Selter,_Karl, lk 29
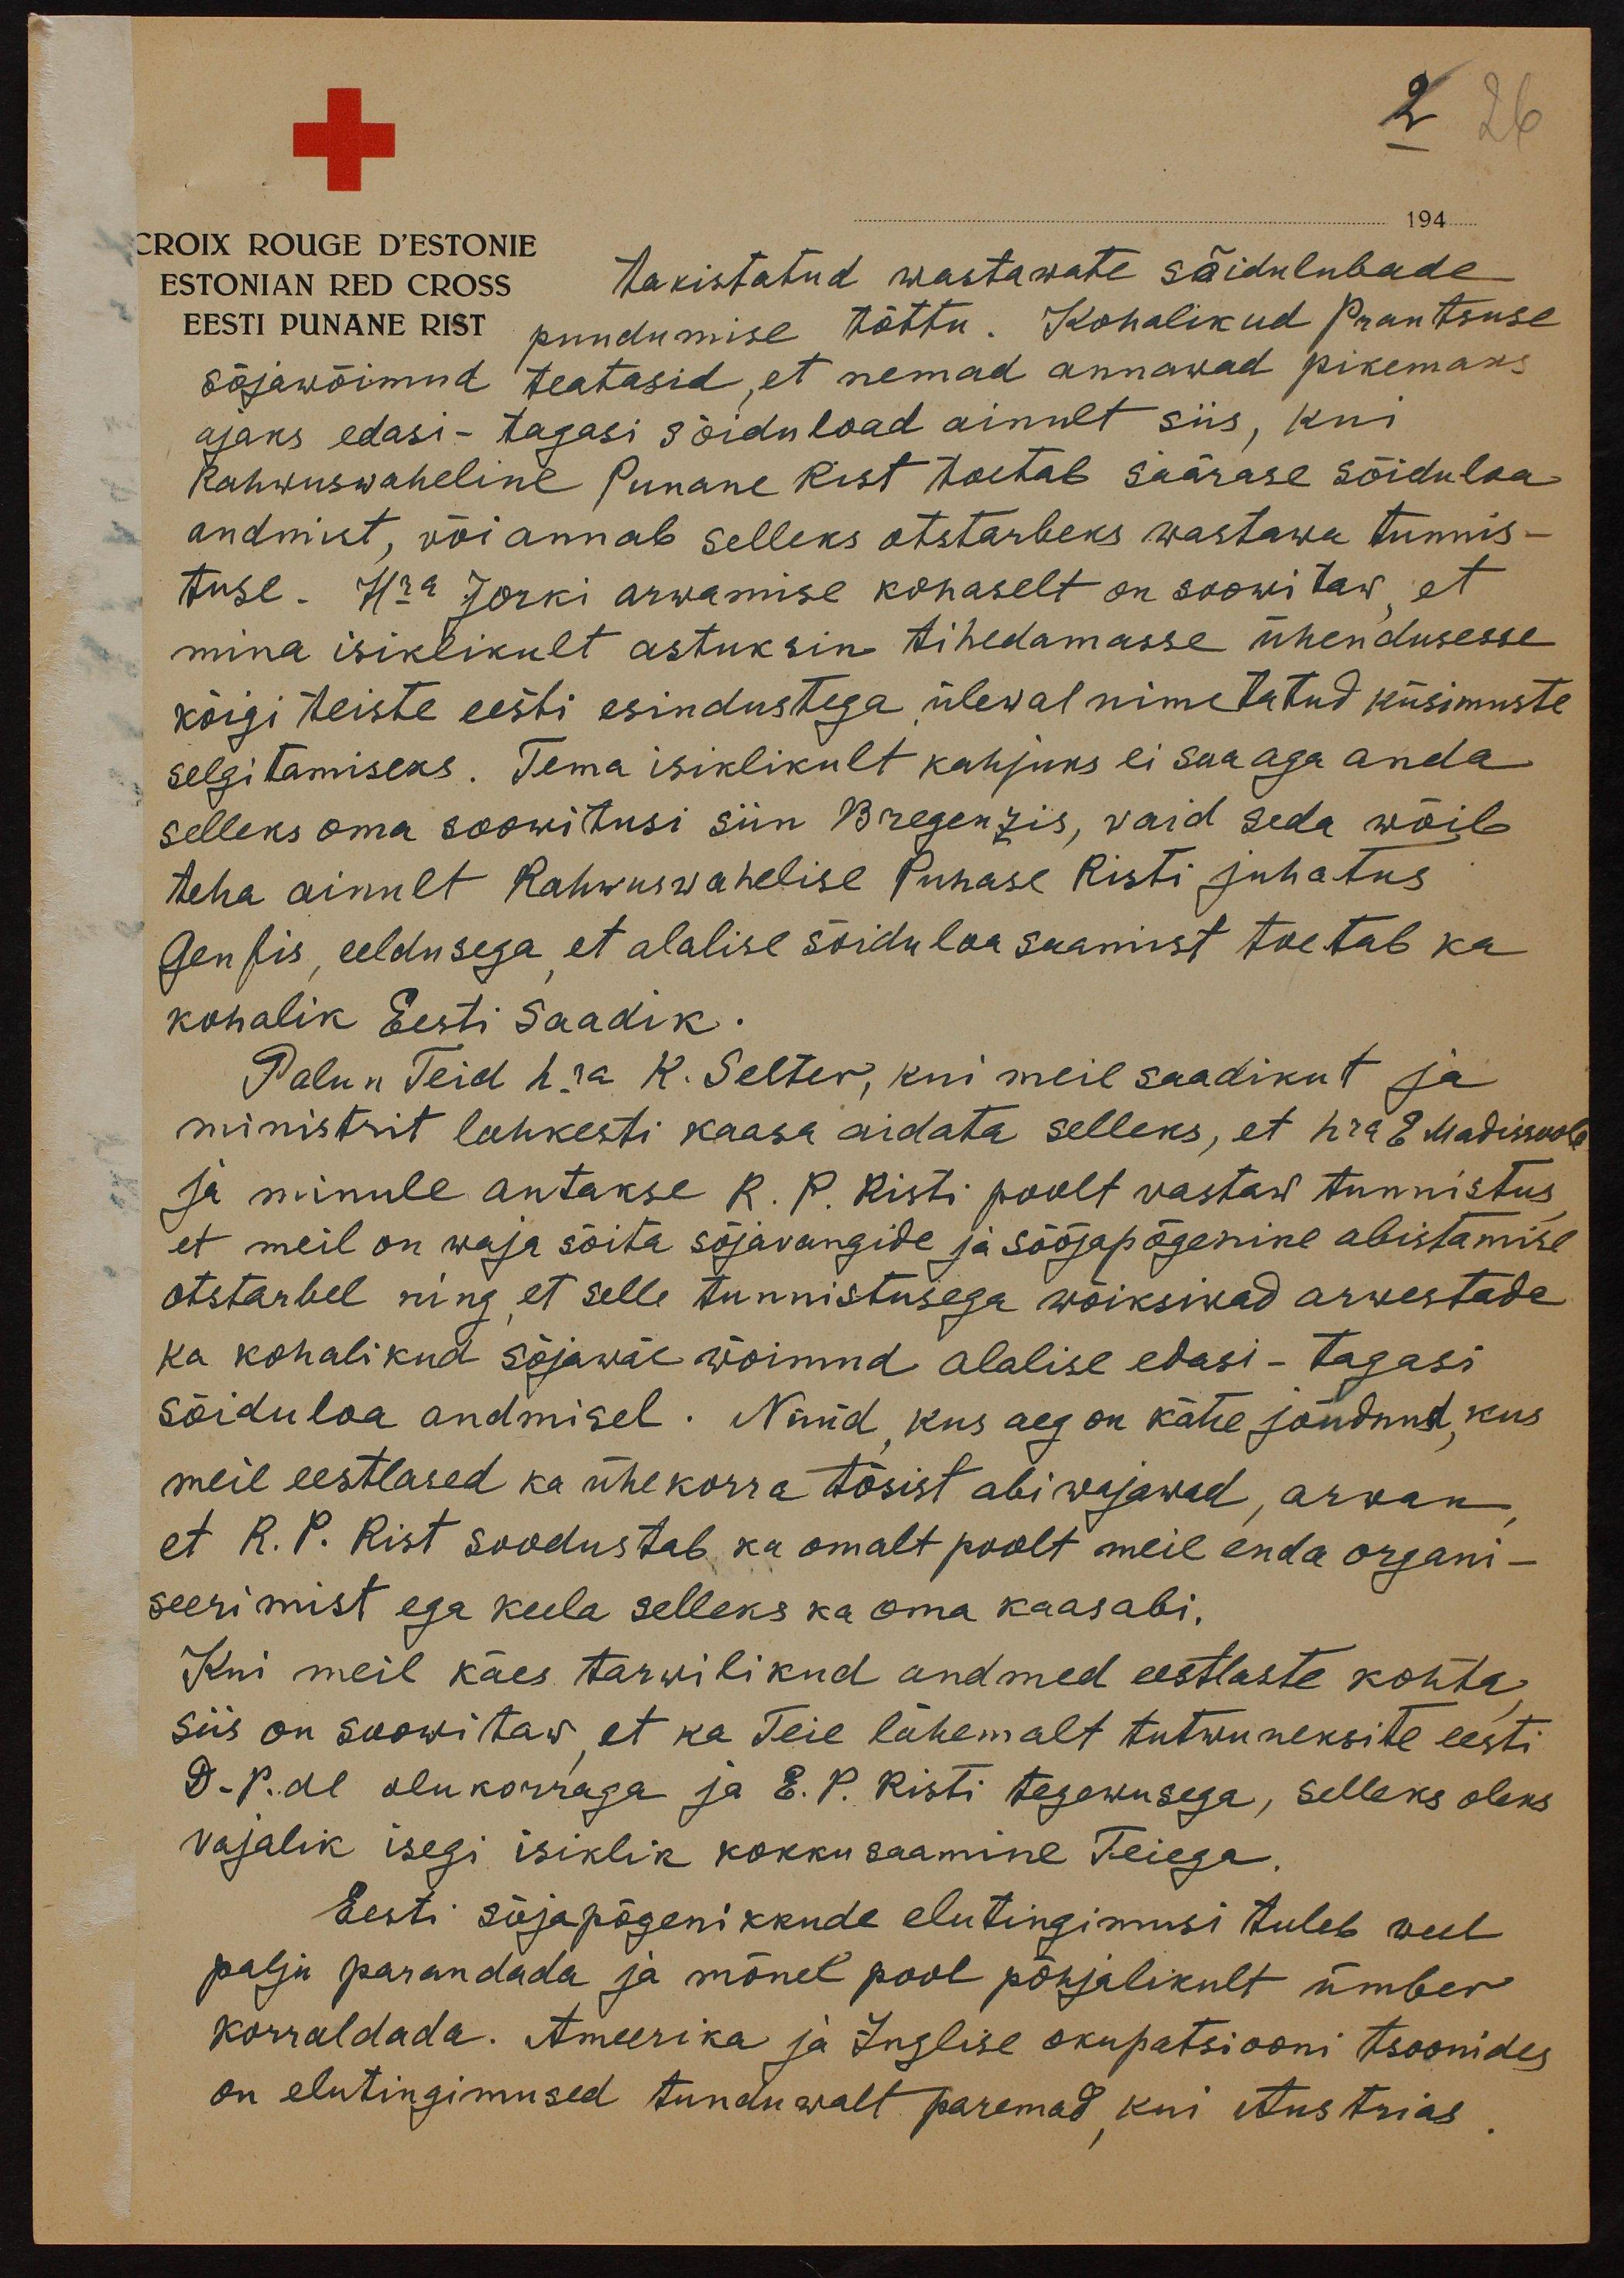
194
CROIX ROUGE D'ESTONIE
ESTONIAN RED CROSS
takistatud wastawate sõidulubade
EESTI PUNANE RIST
puudumise tõttu. Kohalikud Prantsuse
sõjawõimud teatasid, et nemad annawad pikemaks
ajaks edasi-tagasi sõidu load ainult siis, kui
Rahwuswaheline Punane Rist toetab säärase sõiduloa
andmist, või annab selleks otstarbeks wastawa tunnis-
tuse. Hra Jorki arwamise kohaselt on soowitaw, et
mina isiklikult astuksin tihedamasse ühendusesse
kõigi teiste eesti esindustega ülewal nimetatud küsimuste
selgitamiseks. Tema isiklikult kahjuks ei saa aga anda
selleks oma soowitusi siin Bregenzis, waid seda wõib
teha ainult Rahwuswahelise Punase Risti juhatus
Genfis, eeldusega et alalise sõidu loa saamist toetab ka
kohalik Eesti saadik.
Palun Teid hra K. Selter, kui meil saadikut ja
ministrit lahkesti kaasa aidata selleks, et hra E Madissoole
ja minule antakse R. P. Risti poolt vastaw tunnistus
et meil on waja sõita sõjawangide ja sõõjapõgenike abistamise
otstarbel ning, et selle tunnistusega wõiksiwad arwestada
ka kohalikud sõjawäe wõimud alalise edasi-tagasi
sõiduloa andmisel. Nüüd, kus aeg on kätte jõudnud, kus
meil eestlased ka ühe korra tõsist abi wajawad, arwan,
et R. P. Rist soodustab ka omalt poolt meie enda organi-
seerimist ega keela selleks ka oma kaasabi.
Kui meil käes tarwilikud andmed eestlaste kohta
siis on soowitaw, et ka Teie lähemalt tutwuneksite eesti
D-P.de olukorraga ja E. P. Risti tegewusega, selleks oleks
wajalik isegi isiklik kokkusaamine Teiega.
Eesti sõjapõgenikkude elutingimusi tuleb weel
palju parandada ja mõnel pool põhjalikult ümber
korraldada. Ameerika ja Inglise okupatsiooni tsoonides
on elutingimused tunduwalt paremad kui Austrias.